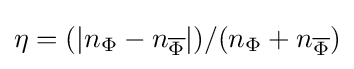
\eta =(|n_{\Phi }-n_{\overline {\Phi }}|)/(n_{\Phi }+n_{\overline {\Phi }})